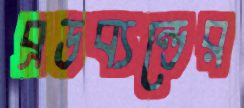
ব্রডব্যন্ডের